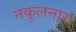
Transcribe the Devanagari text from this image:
नकुलनार